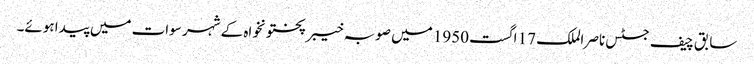
سابق چیف جسٹس ناصر الملک 17 اگست 1950 میں صوبہ خیبر پختونخواہ کے شہر سوات میں پیدا ہوئے۔